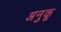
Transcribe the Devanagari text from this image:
अनुकू